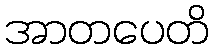
အာတပေတိ